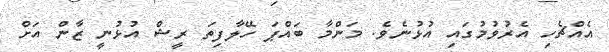
އެއްޗެހި އެރުވުމުގައި އުޅުނެވެ. މަންމާ ބައްޕަ ހޭލާފިތަ ރީޝް އުޅުނީ ޒާން އަށް